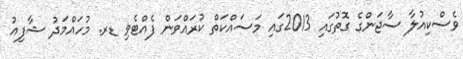
ވެސްކިއުލާ ސާޖަންގެ ގޮތުގައި 2013ގައި މަސައްކަތް ކުރައްވަން ފެއްޓެވި ޑރ. މުހައްމަދު ޝާފިއު